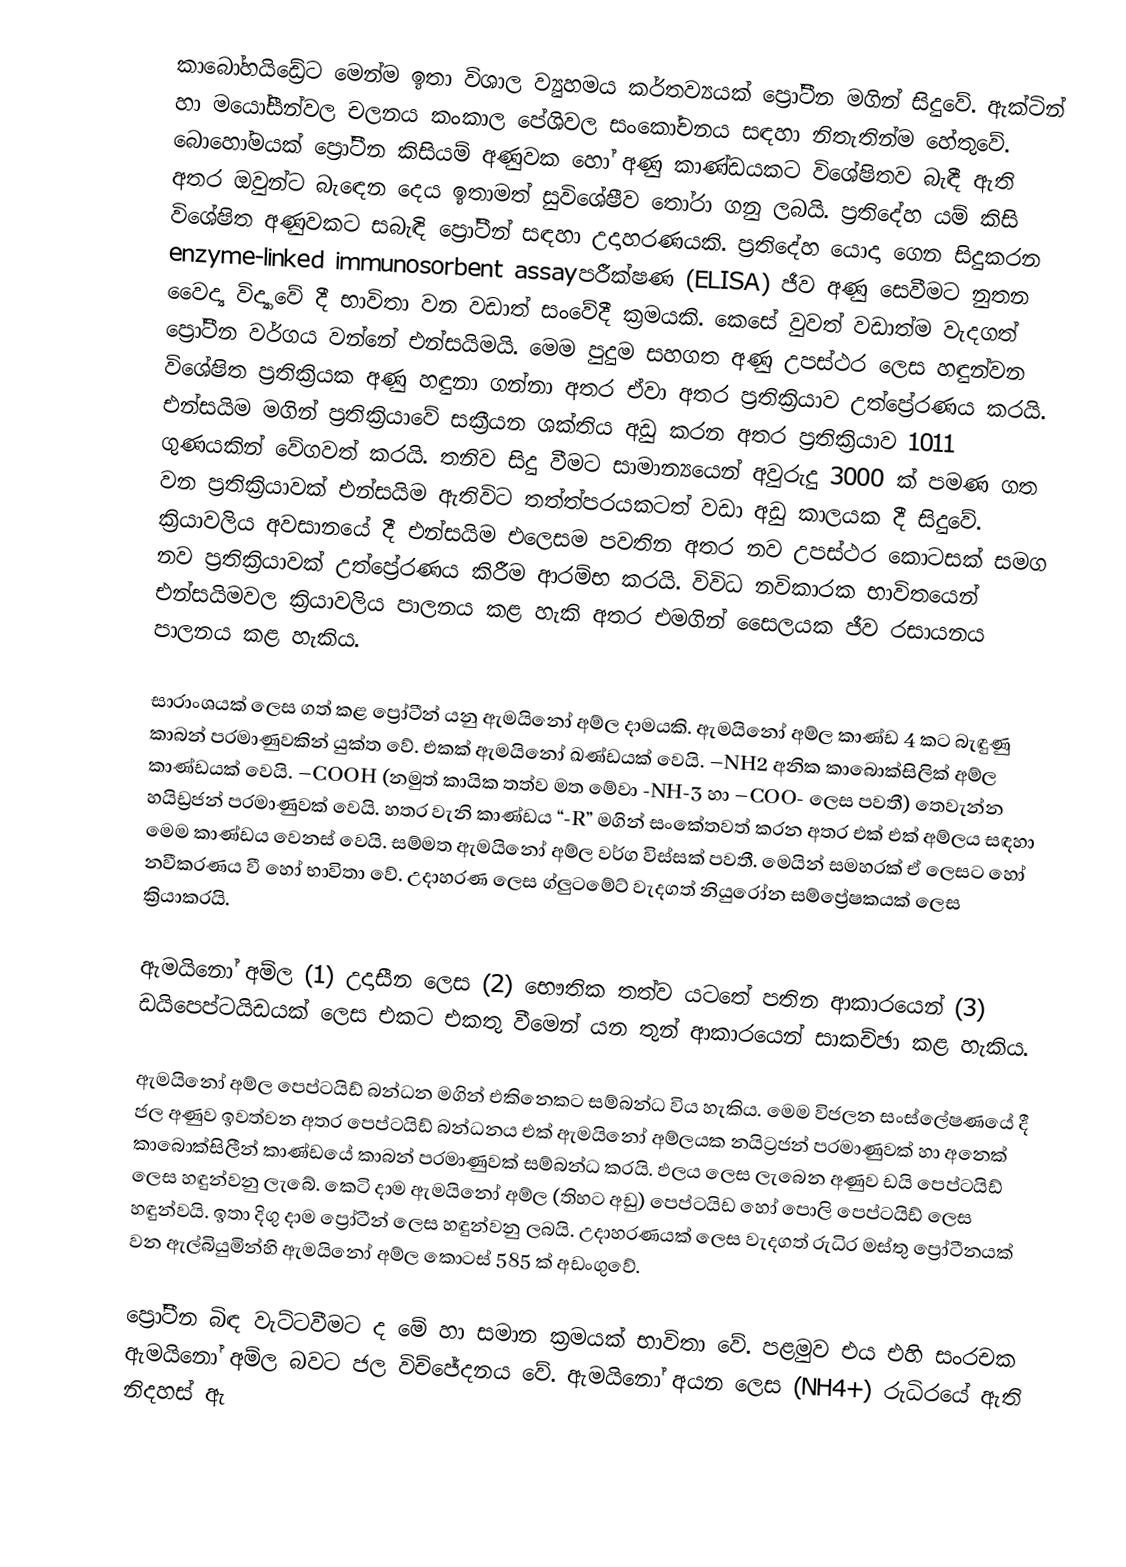
කාබෝහයිඩ්‍රේට මෙන්ම ඉතා විශාල ව්‍යුහමය කර්තව්‍යයක් ප්‍රෝටීන මගින් සිදුවේ. ඇක්ටින් හා මයෝසීන්වල චලනය කංකාල පේශිවල සංකෝචනය සඳහා නිතැතින්ම හේතුවේ. බොහෝමයක් ප්‍රෝටීන කිසියම් අණුවක හෝ අණු කාණ්ඩයකට විශේෂිතව බැඳී ඇති අතර ඔවුන්ට බැඳෙන දෙය  ඉතාමත් සුවිශේෂීව තෝරා ගනු ලබයි. ප්‍රතිදේහ යම් කිසි විශේෂිත අණුවකට සබැඳි ප්‍රෝටීන් සඳහා උදාහරණයකි. ප්‍රතිදේහ යොදා ගෙන සිදුකරන enzyme-linked immunosorbent assayපරීක්ෂණ (ELISA) ජීව අණු සෙවීමට නුතන වෛද්‍ය විද්‍යාවේ දී භාවිතා වන වඩාත් සංවේදී ක්‍රමයකි. කෙසේ  වුවත් වඩාත්ම වැදගත් ප්‍රෝටීන වර්ගය වන්නේ එන්සයිමයි. මෙම පුදුම සහගත අණු උපස්ථර ලෙස හඳුන්වන විශේෂිත ප්‍රතික්‍රියක අණු හඳුනා ගන්නා අතර ඒවා අතර ප්‍රතික්‍රියාව උත්ප්‍රේරණය කරයි. එන්සයිම මගින් ප්‍රතික්‍රියාවේ සක්‍රීයන ශක්තිය අඩු කරන අතර ප්‍රතික්‍රියාව 1011 ගුණයකින් වේගවත් කරයි.  තනිව සිදු වීමට සාමාන්‍යයෙන් අවුරුදු 3000 ක් පමණ  ගත වන ප්‍රතික්‍රියාවක් එන්සයිම ඇතිවිට තත්ත්පරයකටත් වඩා අඩු කාලයක දී සිදුවේ. ක්‍රියාවලිය අවසානයේ දී එන්සයිම එලෙසම පවතින අතර නව උපස්ථර කොටසක් සමග නව ප්‍රතික්‍රියාවක් උත්ප්‍රේරණය කිරීම ආරම්භ කරයි. විවිධ නවිකාරක භාවිතයෙන් එන්සයිමවල ක්‍රියාවලිය පාලනය කළ හැකි අතර එමගින් සෛලයක ජීව රසායනය පාලනය කළ හැකිය.

සාරාංශයක් ලෙස ගත් කළ ප්‍රෝටීන් යනු ඇමයිනෝ අම්ල දාමයකි. ඇමයිනෝ අම්ල කාණ්ඩ 4 කට බැඳුණු කාබන් පරමාණුවකින් යුක්ත වේ. එකක් ඇමයිනෝ ඛණ්ඩයක් වෙයි. –NH2 අනික කාබොක්සිලික් අම්ල කාණ්ඩයක් වෙයි. –COOH (නමුත් කායික තත්ව මත මේවා   -NH-3  හා –COO- ලෙස පවතී) තෙවැන්න හයිඩ්‍රජන් පරමාණුවක් වෙයි. හතර වැනි කාණ්ඩය “-R” මගින් සංකේතවත් කරන අතර එක් එක් අම්ලය සඳහා මෙම කාණ්ඩය වෙනස් වෙයි. සම්මත ඇමයිනෝ අම්ල වර්ග විස්සක් පවතී. මෙයින් සමහරක් ඒ ලෙසට හෝ නවීකරණය වී හෝ භාවිතා වේ. උදාහරණ ලෙස ග්ලුටමේට් වැදගත් නියුරෝන සම්ප්‍රේෂකයක් ලෙස ක්‍රියාකරයි.

ඇමයිනෝ අම්ල  (1) උදාසීන ලෙස (2) භෞතික තත්ව යටතේ පතින ආකාරයෙන් (3) ඩයිපෙප්ටයිඩයක් ලෙස එකට එකතු වීමෙන් යන තුන් ආකාරයෙන් සාකච්ඡා කළ හැකිය.

ඇමයිනෝ අම්ල පෙප්ටයිඩ් බන්ධන මගින් එකිනෙකට සම්බන්ධ විය හැකිය. මෙම විජලන සංස්ලේෂණයේ දී ජල අණුව ඉවත්වන අතර පෙප්ටයිඩ් බන්ධනය එක් ඇමයිනෝ අම්ලයක නයිට්‍රජන් පරමාණුවක් හා අනෙක් කාබොක්සිලීන් කාණ්ඩයේ කාබන් පරමාණුවක් සම්බන්ධ කරයි. ඵලය ලෙස ලැබෙන අණුව ඩයි පෙප්ටයිඩ් ලෙස හඳුන්වනු ලැබේ. කෙටි දාම ඇමයිනෝ අම්ල (තිහට අඩු) පෙප්ටයිඩ ‍හෝ පොලි පෙප්ටයිඩ් ලෙස හඳුන්වයි. ඉතා දිගු දාම ප්‍රෝටීන් ලෙස හඳුන්වනු ලබයි. උදාහරණයක් ලෙස වැදගත් රුධිර මස්තු ප්‍රෝටීනයක් වන ඇල්බියුමින්හි ඇමයිනෝ අම්ල කොටස් 585 ක් අඩංගුවේ.

ප්‍රෝටීන බිඳ වැට්ටවීමට ද මේ හා සමාන ක්‍රමයක් භාවිතා වේ. පළමුව එය එහි සංරචක ඇමයිනෝ අම්ල බවට ජල විච්ජේදනය වේ. ඇමයිනෝ අයන ලෙස  (NH4+) රුධිරයේ ඇති නිදහස් ඇ